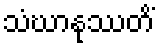
သံဃာနုဿတိံ